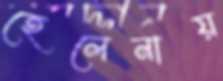
হেলেনায়